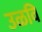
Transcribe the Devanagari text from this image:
उळवि